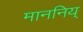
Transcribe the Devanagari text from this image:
माननिय्